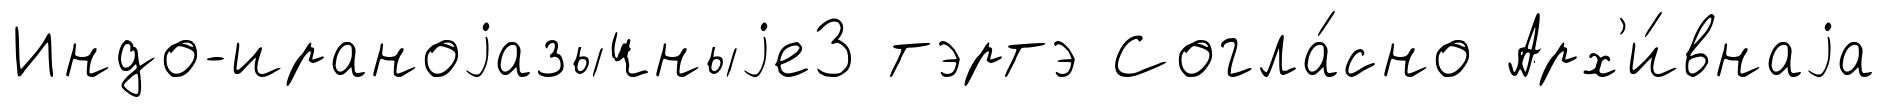
Индо-ираноjазычныjе3 тэртэ Согла́сно Арх'и́внаjа